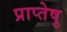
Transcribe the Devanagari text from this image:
प्राप्तेषु